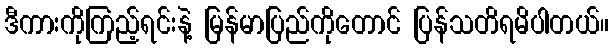
ဒီကားကိုကြည့်ရင်းနဲ့ မြန်မာပြည်ကိုတောင် ပြန်သတိရမိပါတယ်။